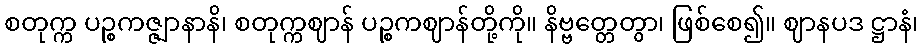
စတုက္က ပဉ္စကဇ္ဇျာနာနိ၊ စတုက္ကဈာန် ပဉ္စကဈာန်တို့ကို။ နိဗ္ဗတ္တေတွာ၊ ဖြစ်စေ၍။ ဈာနပဒ ဋ္ဌာနံ၊